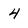
Character: 4